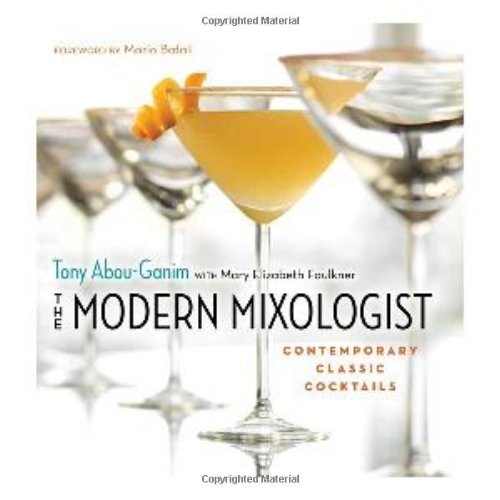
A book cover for The Modern Mixologist: Contemporary Classic Cocktails; Tony Abou-Ganim; Cookbooks, Food & Wine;